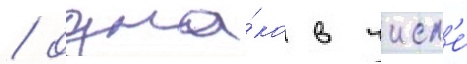
/ одна́ко в числ'е́